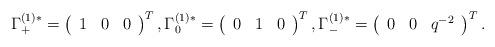
LaTeX: \begin{align*}\Gamma_{+}^{(1)*} = \left(\begin{array}{ccc}1 & 0 & 0\end{array}\right)^T, \Gamma_{0}^{(1)*} = \left(\begin{array}{ccc}0 & 1 & 0\end{array}\right)^T, \Gamma_{-}^{(1)*} = \left(\begin{array}{ccc}0 & 0 & q^{-2}\end{array}\right)^T.\end{align*}